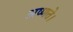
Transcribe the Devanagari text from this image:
अष्णते।